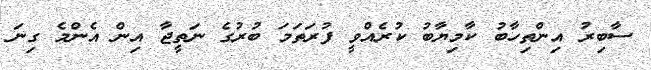
ސާބިރު އިންތިހާބު ކާމިޔާބު ކުރެއްވީ ފުރަތަމަ ބުރުގެ ނަތީޖާ އިން އެންމެ ގިނަ